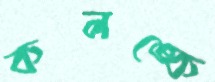
কলঙ্কে